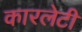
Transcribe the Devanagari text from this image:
कारलेटी